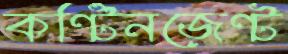
কন্টিনজেন্ট